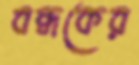
বন্ধকের